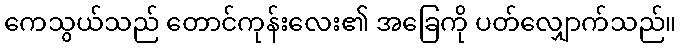
ကေသွယ်သည် တောင်ကုန်းလေး၏ အခြေကို ပတ်လျှောက်သည်။